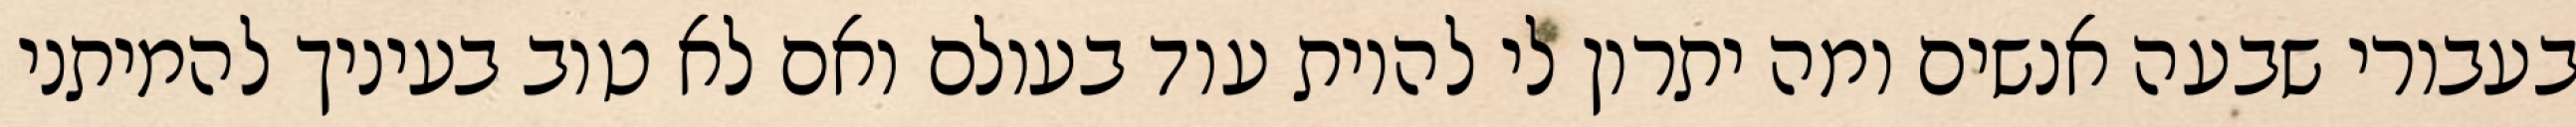
בעבורי שבעה אנשים ומה יתרון לי להיות עוד בעולם ואם לא טוב בעיניך להמיתני